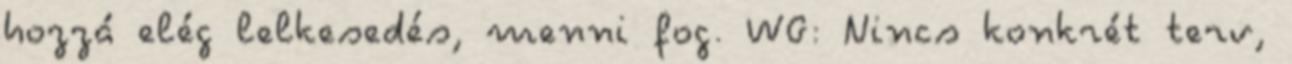
hozzá elég lelkesedés, menni fog. WG: Nincs konkrét terv,